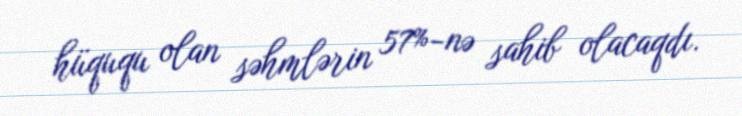
hüququ olan səhmlərin 57%-nə sahib olacaqdı.